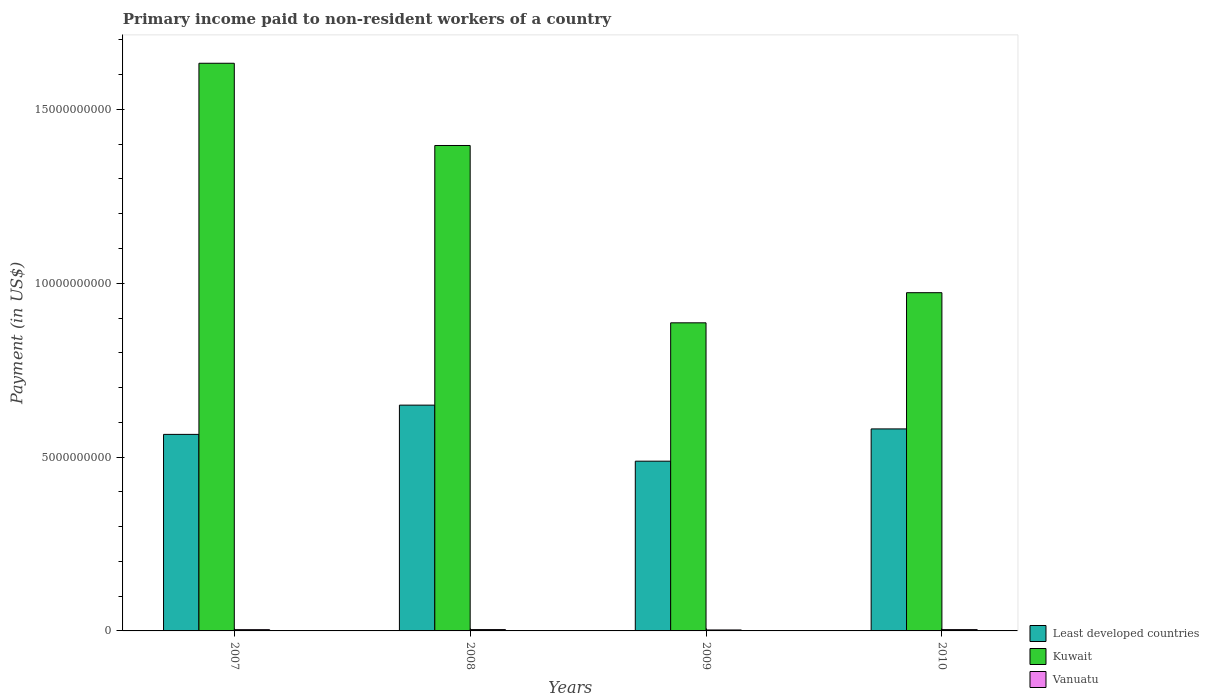
| Years | Least developed countries | Kuwait | Vanuatu |
 | --- | --- | --- | --- |
 | 2007 | 5.65e+09 | 1.63e+10 | 3.63e+07 |
 | 2008 | 6.49e+09 | 1.4e+10 | 3.82e+07 |
 | 2009 | 4.88e+09 | 8.86e+09 | 2.74e+07 |
 | 2010 | 5.81e+09 | 9.73e+09 | 3.75e+07 |